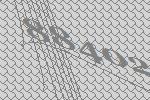
88402